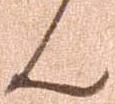
ん